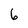
Character: 6